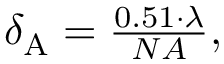
\begin{array} { r } { \delta _ { \mathrm { A } } = \frac { 0 . 5 1 \cdot \lambda } { N A } , } \end{array}